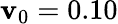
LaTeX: \mathbf{v}_{0}=0.10